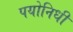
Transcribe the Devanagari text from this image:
पयोनिधी